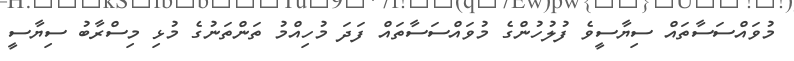
މުވައްސަސާތައް ސިޔާސީވެ ފުލުހުންގެ މުވައްސަސާތައް ފަދަ މުހިއްމު ތަންތަނުގެ މުޅި މިސްރާބު ސިޔާސީ